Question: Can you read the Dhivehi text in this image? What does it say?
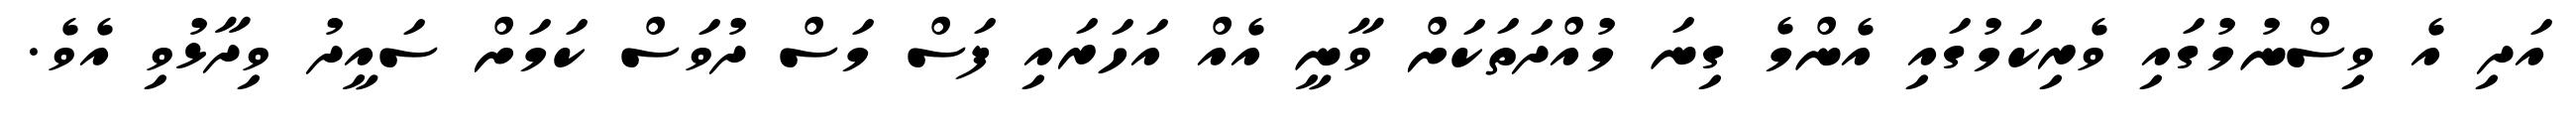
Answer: އަދި އެ ވިސްނުމުގައި ވެރިކަމުގައި އެންމެ ގިނަ މުއްދަތަކަށް ވާނީ އެއް އަހަރައި ފަސް މަސް ދުވަސް ކަމަށް ސައީދު ވިދާޅުވި އެވެ.